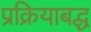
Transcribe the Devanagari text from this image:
प्रक्रियाबद्ध